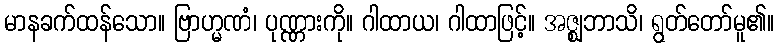
မာနခက်ထန်သော။ ဗြာဟ္မဏံ၊ ပုဏ္ဏားကို။ ဂါထာယ၊ ဂါထာဖြင့်။ အဇ္ဈဘာသိ၊ ရွတ်တော်မူ၏။